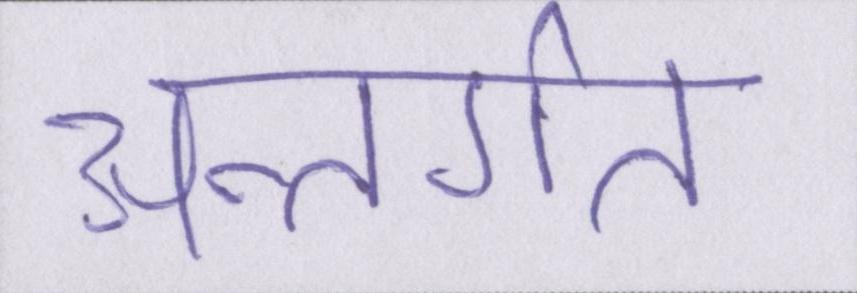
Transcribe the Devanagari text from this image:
अन्तर्गत